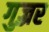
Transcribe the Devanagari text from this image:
गुज़्रर